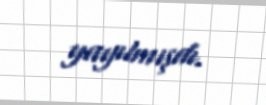
yayılmışdı.